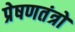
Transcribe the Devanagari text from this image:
प्रेषणतंत्रों